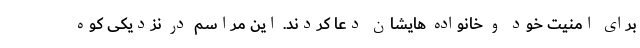
برای امنیت خود و خانواده هایشان دعا کردند. این مراسم در نزدیکی کوه